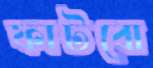
ফাটবো